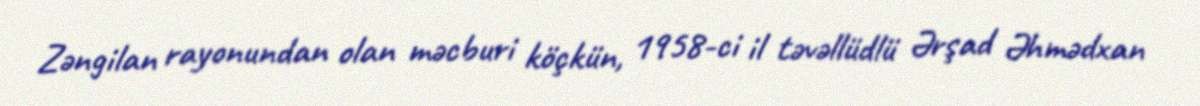
Zəngilan rayonundan olan məcburi köçkün, 1958-ci il təvəllüdlü Ərşad Əhmədxan